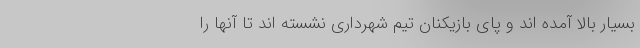
بسیار بالا آمده اند و پای بازیکنان تیم شهرداری نشسته اند تا آنها را